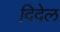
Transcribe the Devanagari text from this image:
दिदेल